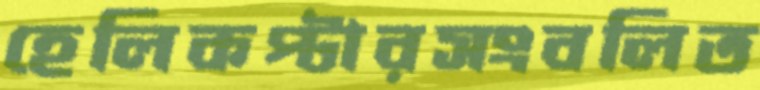
হেলিকপ্টারসংবলিত